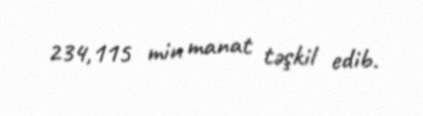
234,115 min manat təşkil edib.